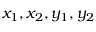
x _ { 1 } , x _ { 2 } , y _ { 1 } , y _ { 2 }